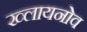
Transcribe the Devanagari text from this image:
ख्लायनोव